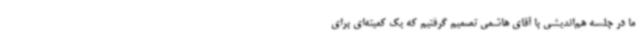
ما در جلسه هم‌اندیشی با آقای هاشمی تصمیم گرفتیم که یک کمیته‌ای برای